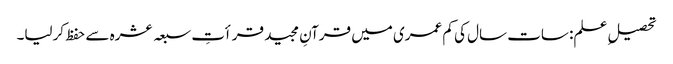
تحصیلِ علم: سات سال کی کم عمری میں قرآنِ مجید قرأتِ سبعہ عشرہ سے حفظ کرلیا۔